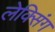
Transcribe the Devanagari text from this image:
लेक्सिंग